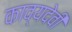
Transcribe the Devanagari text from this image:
काव्यदेवी